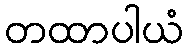
တထာပါယံ